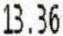
13.36